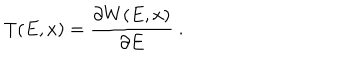
LaTeX: T ( E , x ) = { \frac { \partial W ( E , x ) } { \partial E } } \ .